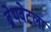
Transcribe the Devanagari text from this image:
ब्रेथवेटला